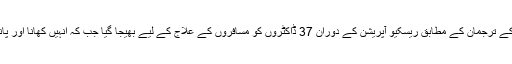
بھارتی محکمہ ریلوے کے ترجمان کے مطابق ریسکیو آپریشن کے دوران 37 ڈاکٹروں کو مسافروں کے علاج کے لیے بھیجا گیا جب کہ اُنہیں کھانا اور پانی بھی فراہم کیا گیا تھا۔